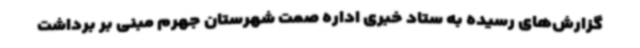
گزارش‌های رسیده به ستاد خبری اداره صمت شهرستان جهرم مبنی بر برداشت